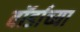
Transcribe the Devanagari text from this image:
वॉर्डाच्या